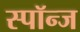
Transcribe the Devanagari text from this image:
स्पॉन्ज